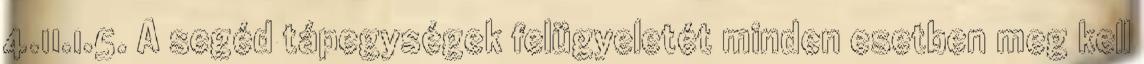
4.11.1.5. A segéd tápegységek felügyeletét minden esetben meg kell